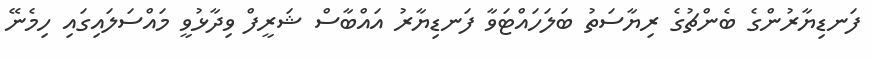
ފަނޑިޔާރުންގެ ބެންޗުގެ ރިޔާސަތު ބަލަހައްޓަވާ ފަނޑިޔާރު އައްބާސް ޝަރީފް ވިދާޅުވީ މައްސަލައިގައި ހިމެނޭ